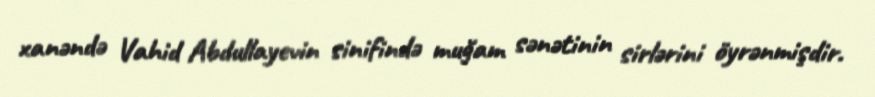
xanəndə Vahid Abdullayevin sinifində muğam sənətinin sirlərini öyrənmişdir.